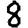
Digit: 8